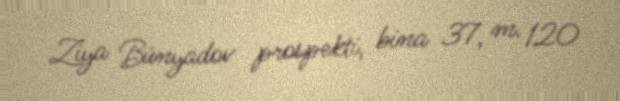
Ziya Bünyadov prospekti, bina 37, m. 120